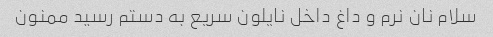
سلام نان نرم و داغ داخل نایلون سریع به دستم رسید ممنون